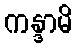
ကန္ဒာမိ